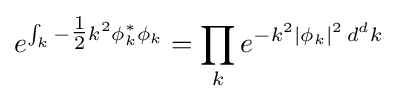
e^{\int _{k}-{\tfrac {1}{2}}k^{2}\phi _{k}^{*}\phi _{k}}=\prod _{k}e^{-k^{2}\left|\phi _{k}\right|^{2}\,d^{d}k}